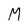
Character: M